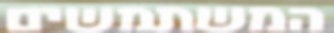
המשתמשים